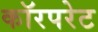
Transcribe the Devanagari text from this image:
कॉरपरेट